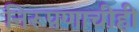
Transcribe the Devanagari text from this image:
निरूपणाचीही